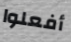
أفعلوا